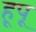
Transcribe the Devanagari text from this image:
हूपू